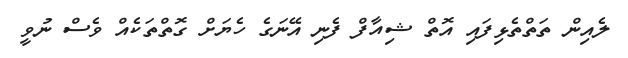
ލެއިން ތަތްތެޅިފައި އޮތް ޝިއާފް ފެނި އޭނަގެ ހެޔަށް ގޮތްތަކެއް ވެސް ނުވީ